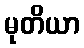
မုတိယာ